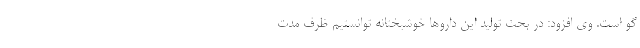
گو است. وی افزود: در بحث تولید این داروها خوشبختانه توانستیم ظرف مدت